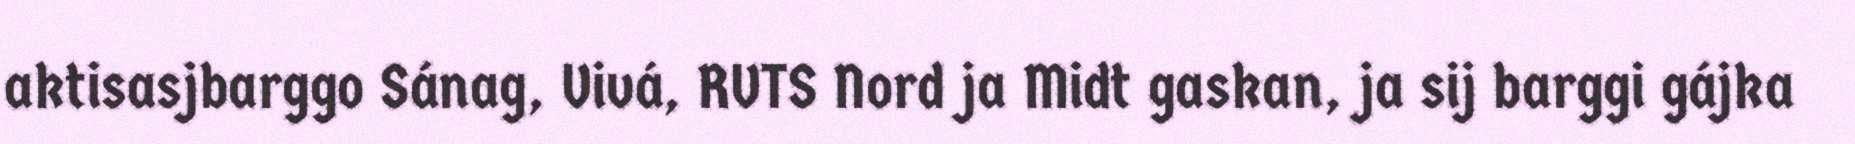
aktisasjbarggo Sánag, Vivá, RVTS Nord ja Midt gaskan, ja sij barggi gájka